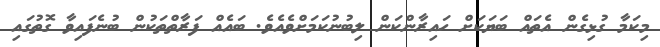
މިކަމާ ގުޅިގެން އެތައް ބަޔަކަށް ހައިރާންކަން ލިބުނުކަމަށްވެއެވެ. ބައެއް ފަރާތްތަކުން ބުނެފައިވާ ގޮތުގައި